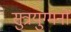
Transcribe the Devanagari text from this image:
सुत्रयुग्मनों